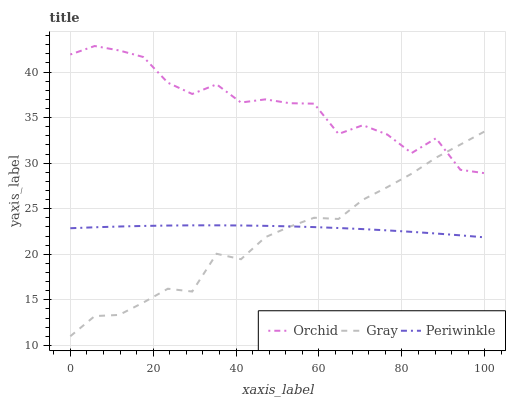
| xaxis_label | Orchid | Gray | Periwinkle |
 | --- | --- | --- | --- |
 | 0 | 41.9 | 11 | 22.9 |
 | 5.88 | 42.9 | 13.2 | 23 |
 | 11.8 | 42.4 | 13.3 | 23 |
 | 17.6 | 41.6 | 14.7 | 23.1 |
 | 23.5 | 38.8 | 16.2 | 23.2 |
 | 29.4 | 37.6 | 15.9 | 23.2 |
 | 35.3 | 38.6 | 20.1 | 23.2 |
 | 41.2 | 36.7 | 19.5 | 23.2 |
 | 47.1 | 37 | 21.9 | 23.1 |
 | 52.9 | 36.6 | 23 | 23.1 |
 | 58.8 | 36.5 | 24 | 23 |
 | 64.7 | 33.2 | 23.9 | 22.9 |
 | 70.6 | 34.2 | 26 | 22.8 |
 | 76.5 | 33.1 | 27.4 | 22.6 |
 | 82.4 | 31.1 | 28.8 | 22.5 |
 | 88.2 | 32.7 | 30.6 | 22.3 |
 | 94.1 | 29.3 | 32 | 22.1 |
 | 100 | 28.9 | 33.5 | 21.9 |